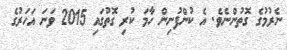
ނެރުމުގެ ގޮތުންނެވެ. އެ ކުންފުނިން ހާމަ ކުރި ގޮތުގައި 2015 ވަނަ އަހަރުގެ